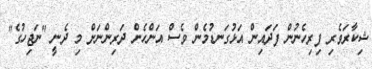
ޝިކާރަވެރި ފިރިހެނުން ފަދައިން އަޅުގަނޑުމެން ވެސް އަންހެން ދަރިންނަށް މި ދެނީ "ނަޖިހުގެ"